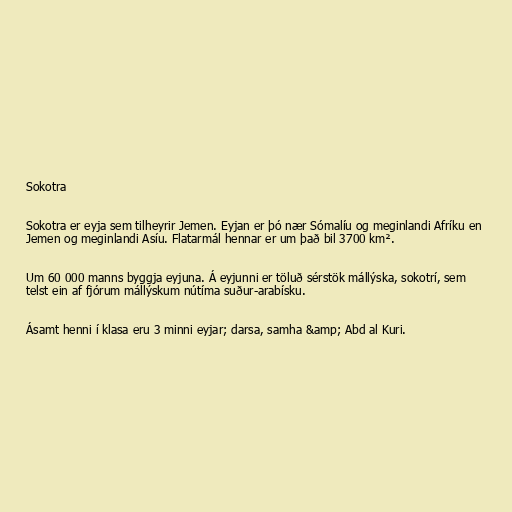
Sokotra

Sokotra er eyja sem tilheyrir Jemen. Eyjan er þó nær Sómalíu og meginlandi Afríku en
Jemen og meginlandi Asíu. Flatarmál hennar er um það bil 3700 km².

Um 60 000 manns byggja eyjuna. Á eyjunni er töluð sérstök mállýska, sokotrí, sem
telst ein af fjórum mállýskum nútíma suður-arabísku.

Ásamt henni í klasa eru 3 minni eyjar; darsa, samha &amp; Abd al Kuri.